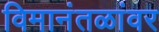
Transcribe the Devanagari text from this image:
विमानंतळांवर